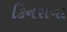
કિનરાના